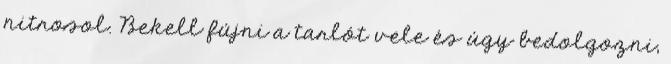
nitrosol. Bekell fújni a tarlót vele és úgy bedolgozni,